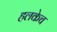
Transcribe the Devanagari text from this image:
हलकेच